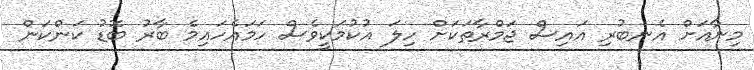
މިނާއަށް އެނބުރި އައިސް ޖަމްރާތަކަށް ހިލަ އުކުމަކީވެސް ހަމައެހައިމެ ބާރު ބޮޑު ކަންކަން